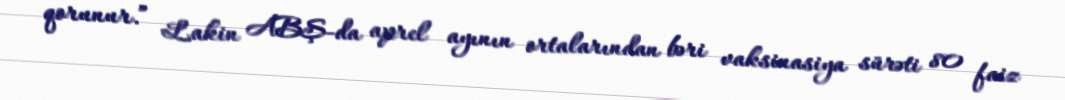
qorunur.” Lakin ABŞ-da aprel ayının ortalarından bəri vaksinasiya sürəti 80 faiz